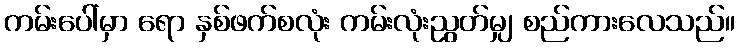
ကမ်းပေါ်မှာ ရော နှစ်ဖက်စလုံး ကမ်းလုံးညွတ်မျှ စည်ကားလေသည်။